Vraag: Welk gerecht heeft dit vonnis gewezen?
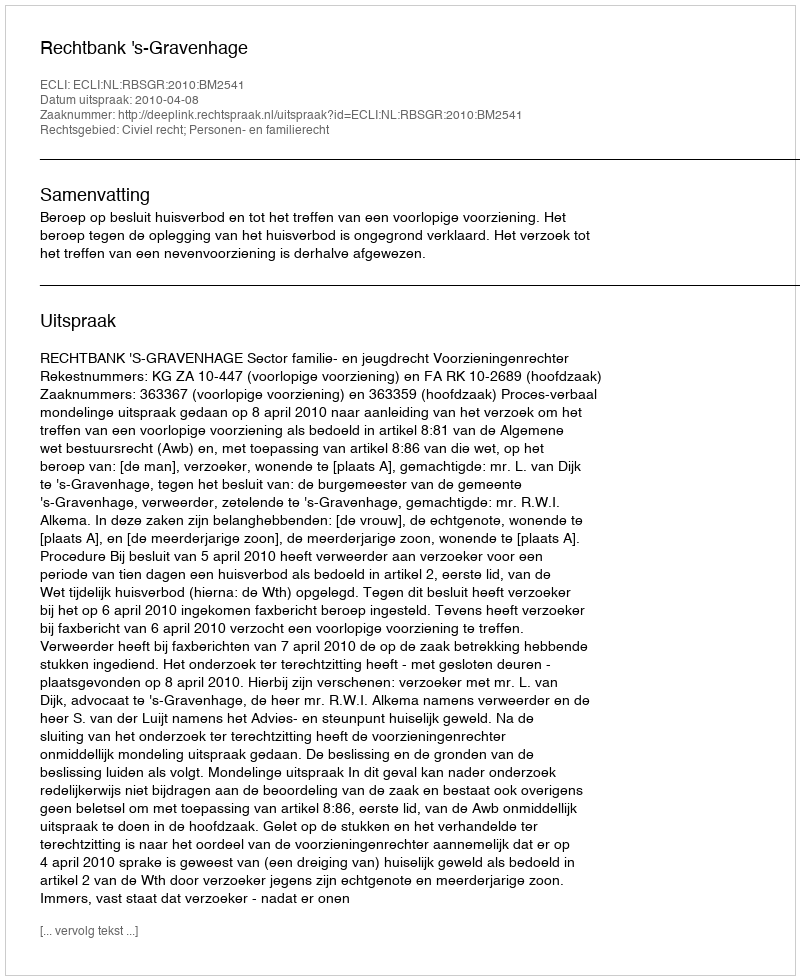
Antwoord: Rechtbank 's-Gravenhage